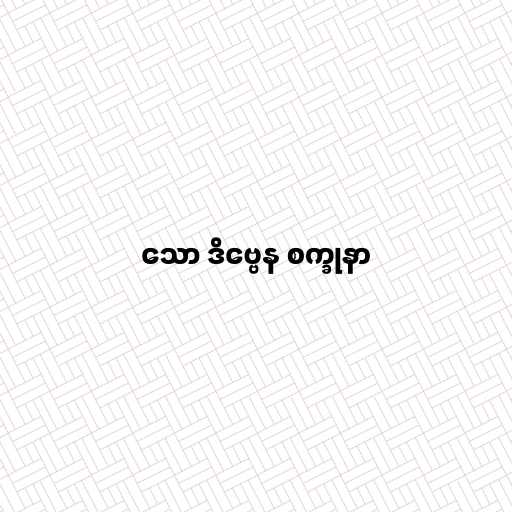
သော ဒိဗ္ဗေန စက္ခုနာ